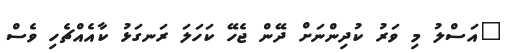
"އަސްލު މި ވަރު ކުދިންނަށް ދޭން ޖެހޭ ކަހަލަ ރަނގަޅު ކާއެއްޗެހި ވެސް